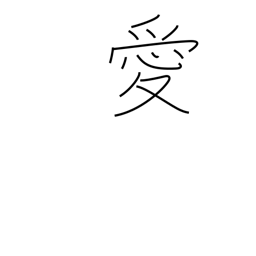
Meaning: affection